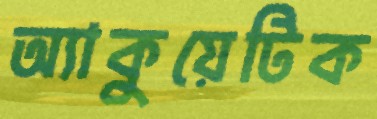
অ্যাকুয়েটিক